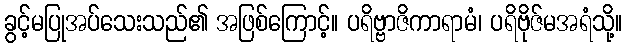
ခွင့်မပြုအပ်သေးသည်၏ အဖြစ်ကြောင့်။ ပရိဗ္ဗာဇိကာရာမံ၊ ပရိဗိုဇ်မအရံသို့။